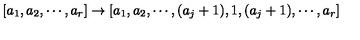
[ a _ { 1 } , a _ { 2 } , \cdots , a _ { r } ] \rightarrow [ a _ { 1 } , a _ { 2 } , \cdots , ( a _ { j } + 1 ) , 1 , ( a _ { j } + 1 ) , \cdots , a _ { r } ]